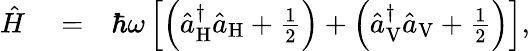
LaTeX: \begin{array}{rlr}{\hat{H}}&{{}=}&{\hbar\omega\left[\left(\hat{a}_{\mathrm{H}}^{\dagger}\hat{a}_{\mathrm{H}}+\frac{1}{2}\right)+\left(\hat{a}_{\mathrm{V}}^{\dagger}\hat{a}_{\mathrm{V}}+\frac{1}{2}\right)\right],}\end{array}